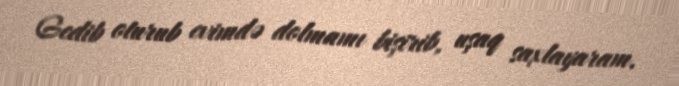
Gedib oturub evimdə dolmamı bişirib, uşaq saxlayaram.